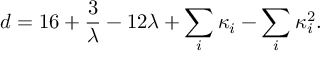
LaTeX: d = 1 6 + { \frac { 3 } { \lambda } } - 1 2 \lambda + \sum _ { i } \kappa _ { i } - \sum _ { i } \kappa _ { i } ^ { 2 } .